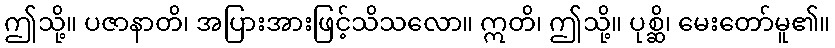
ဤသို့။ ပဇာနာတိ၊ အပြားအားဖြင့်သိသလော။ ဣတိ၊ ဤသို့။ ပုစ္ဆိ၊ မေးတော်မူ၏။